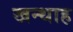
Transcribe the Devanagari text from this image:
खन्‍थाह